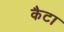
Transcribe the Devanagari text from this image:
कैटा